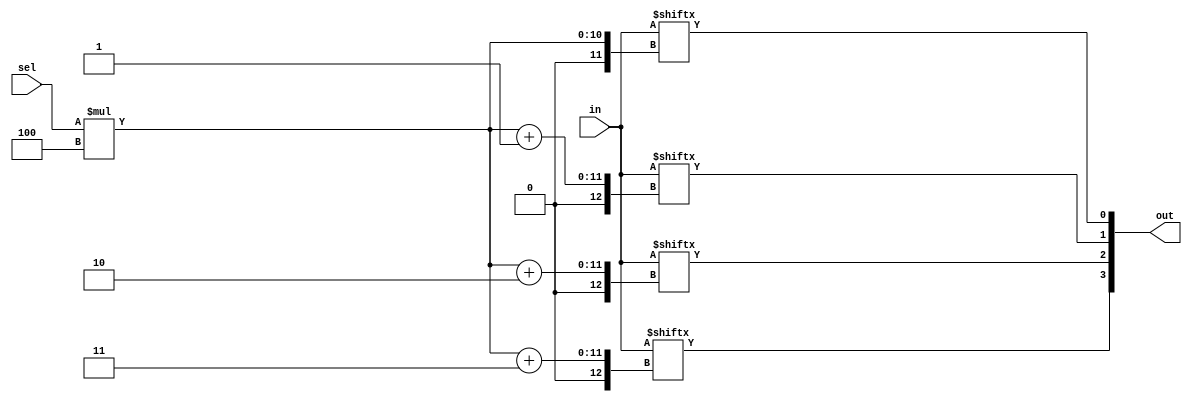
// Statement
// Create a 4-bit wide, 256-to-1 multiplexer. The 256 4-bit inputs are all packed into a single 1024-bit input vector.
// sel=0 should select bits in[3:0], sel=1 selects bits in[7:4], sel=2 selects bits in[11:8], etc.

// Solution
module top_module( 
    input [1023:0] in,
    input [7:0] sel,
    output [3:0] out );
    
    // The bwloe shown logic is correct the error in the compiler cause that logic not to work
    // assign out = in[sel*4 + 3 : sel*4]
    
    assign out = {in[sel * 4 + 3], in[sel * 4 + 2], in[sel * 4 + 1], in[sel * 4]};

endmodule